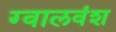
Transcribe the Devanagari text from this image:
ग्वालवंश